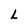
Character: L